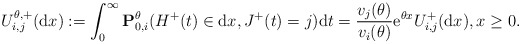
\begin{align*}U^{\theta, +}_{i,j}({\rm d}x) : = \int_0^\infty \mathbf{P}_{0,i}^{\theta}(H^+(t) \in {\rm d}x, J^+(t)= j) {\rm d}t = \frac{v_j(\theta)}{v_i(\theta)}{\rm e}^{\theta x}U^+_{i,j}({\rm d}x), x\geq 0.\end{align*}